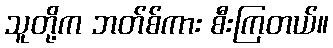
သူတို့က ဘတ်စ်ကား စီးကြတယ်။